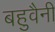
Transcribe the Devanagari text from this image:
बहुवैनी